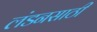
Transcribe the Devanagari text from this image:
लंडनसाठी